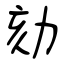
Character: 劾